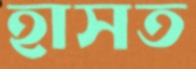
হাসত